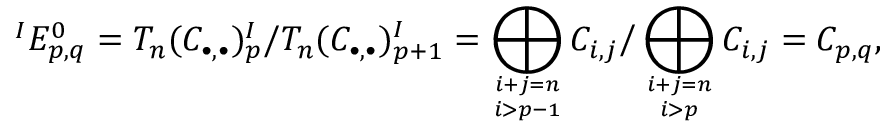
{ } ^ { I } E _ { p , q } ^ { 0 } = T _ { n } ( C _ { \bullet , \bullet } ) _ { p } ^ { I } / T _ { n } ( C _ { \bullet , \bullet } ) _ { p + 1 } ^ { I } = \bigoplus _ { i + j = n \atop i > p - 1 } C _ { i , j } { \Big / } \bigoplus _ { i + j = n \atop i > p } C _ { i , j } = C _ { p , q } ,